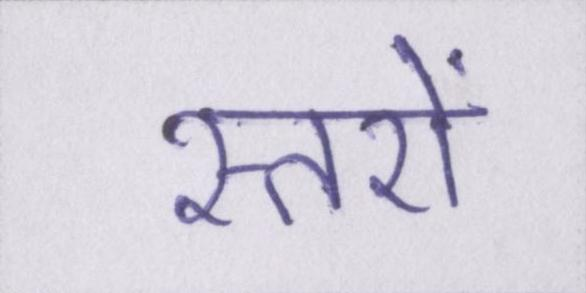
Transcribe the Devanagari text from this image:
स्तरों